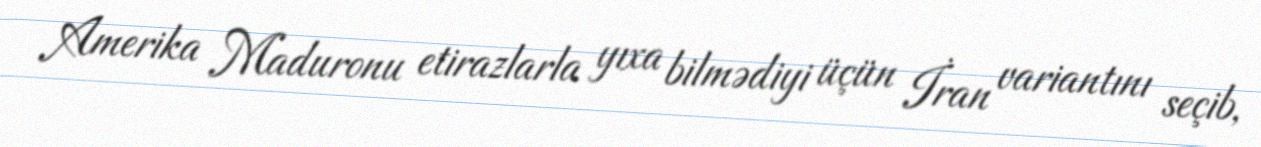
Amerika Maduronu etirazlarla yıxa bilmədiyi üçün İran variantını seçib,